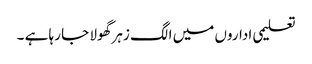
تعلیمی اداروں میں الگ زہر گھولا جا رہا ہے ۔